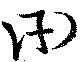
衎